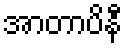
အာတာပိနီ